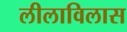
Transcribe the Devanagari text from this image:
लीलाविलास